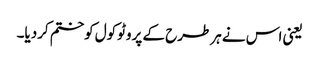
یعنی اس نے ہرطرح کے پروٹوکول کوختم کردیا۔